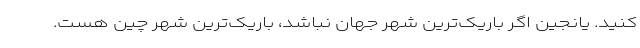
کنید. یانجین اگر باریک‌ترین شهر جهان نباشد، باریک‌ترین شهر چین هست.